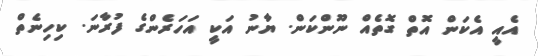
އެއީ އެކަން އޮތް ގޮތެއް ނޫންކަން. ޔާނު އަކީ އަހަރެންގެ ފުރާނަ. ކިހިނެތް